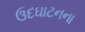
ઉદઘાટનના